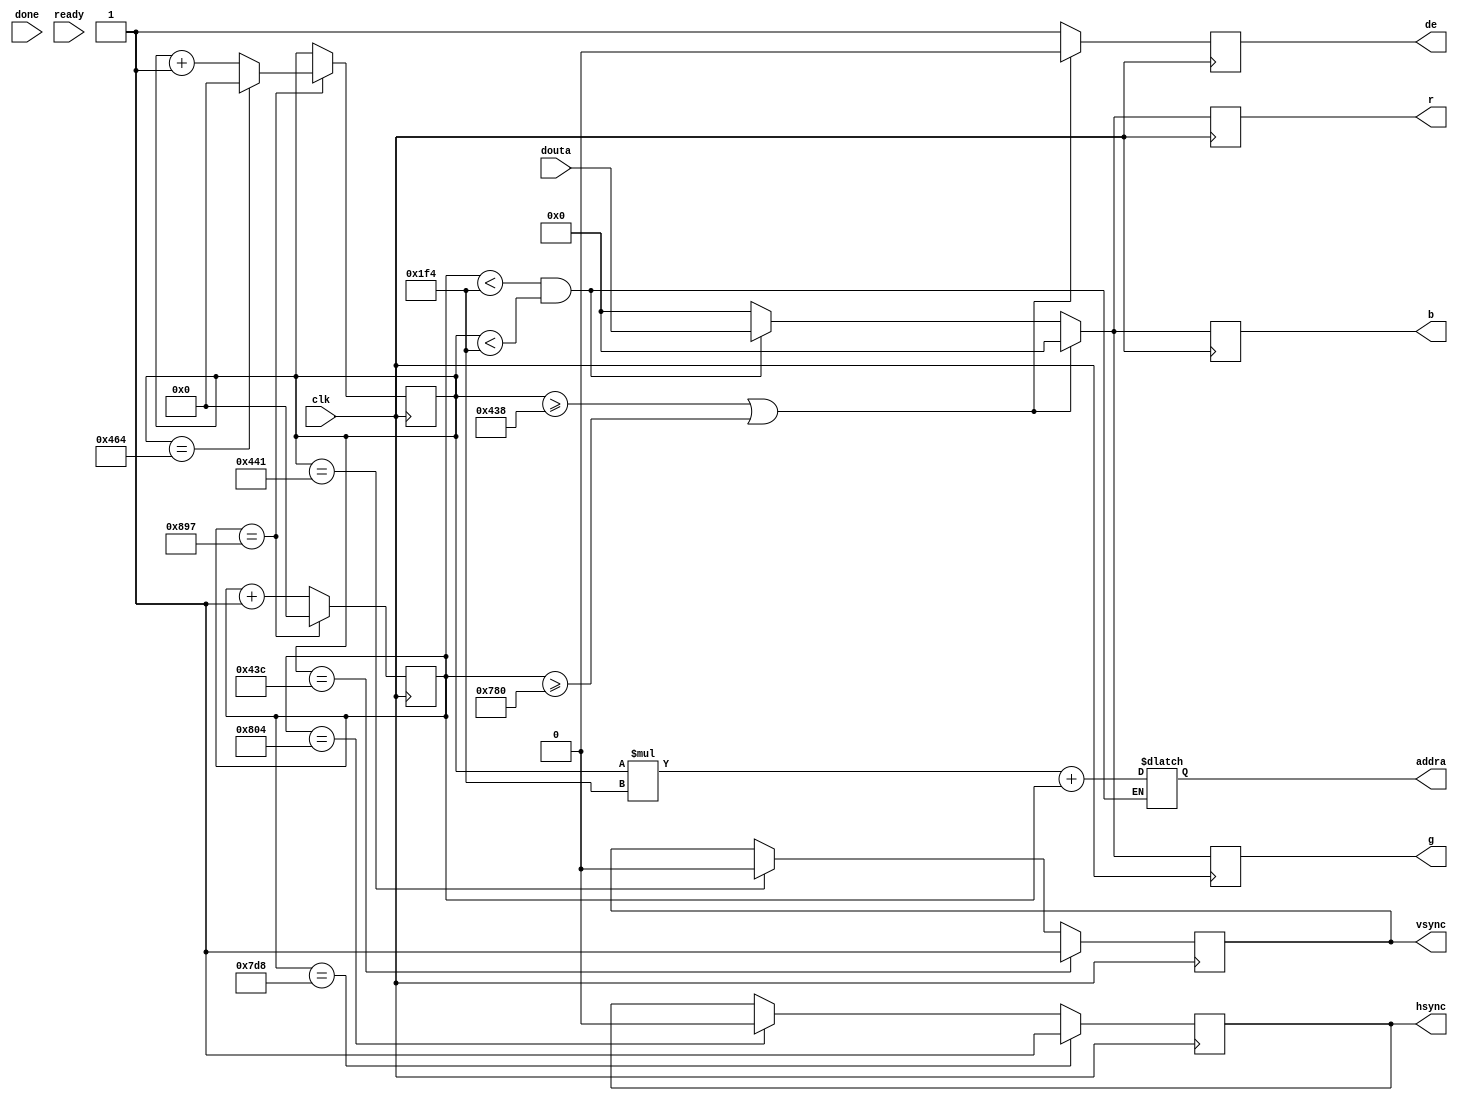
module vga_generator(input clk,                     
                    output reg [18:0] addra,
                    input [7:0] douta,
                    output reg [7:0] r,
                    output reg [7:0] g,
                    output reg [7:0] b,
                    output reg de,
                    output reg vsync = 0,
                    output reg hsync = 0,
                    input done,
                    input ready
                     );
    parameter H = 500   ;
    parameter V= 500;
    reg ena=1'b1;
    reg wea=1'b0;
    reg [7:0] dina=24'b0;
    
    wire  blanking = 0;
    reg [23:0] colour;
    reg [11:0] hcounter = 0;
    reg [11:0] vcounter = 0;
    parameter ZERO = 0;
    wire [11:0] hVisible;
    wire [11:0] hStartSync;
    wire [11:0] hEndSync;
    wire [11:0] hMax;
    wire  hSyncActive = 1;

    wire [11:0] vVisible;
    wire [11:0] vStartSync;
    wire [11:0] vEndSync;
    wire [11:0] vMax;
    wire  vSyncActive = 1;
    
    // Set the video mode to 1280x720x60Hz (75MHz pixel clock needed)
//    assign hVisible = ZERO + 1280;
//    assign hStartSync = ZERO + 1280 + 72;
//    assign hEndSync = ZERO + 1280 + 72 + 80;
//    assign hMax = ZERO + 1280 + 72 + 80 + 216 - 1;
//    assign vVisible = ZERO + 720;
//    assign vStartSync = ZERO + 720 + 3;
//    assign vEndSync = ZERO + 720 + 3 + 5;
//    assign vMax = ZERO + 720 + 3 + 5 + 22 - 1;
    // Set the video mode to 1920x1080x60Hz (150MHz pixel clock needed)
       assign hVisible =  ZERO + 1920;
       assign hStartSync  = ZERO + 1920+88;
       assign hEndSync    = ZERO + 1920+88+44;
       assign hMax        = ZERO + 1920+88+44+148-1;
//       assign vSyncActive = '1';
       assign vVisible    = ZERO + 1080;
       assign vStartSync  = ZERO + 1080+4;
       assign vEndSync    = ZERO + 1080+4+5;
       assign vMax        = ZERO + 1080+4+5+36-1;
//       assign hSyncActive = '1';
    always @(hcounter or vcounter) 
        begin
            if((hcounter<H)&&(vcounter<V))
                begin
                    addra <= vcounter * H + hcounter;
                    colour[23:16] <= douta[7:0];
                    colour[15:8] <= douta[7:0];
                    colour[7:0] <= douta[7:0];
                end
            else
                begin
                    colour[23:0]<=24'b0;
                end
        end
    
    always @(posedge clk) 
        begin
            if(vcounter >= vVisible || hcounter >= hVisible) 
                begin
                  r <= {8'b0};
                  g <= {8'b0};
                  b <= {8'b0};
                  de <= 1'b 0;
                end
            else 
                begin
                  b <= colour[23:16] ;
                  g <= colour[15:8] ;
                  r <= colour[7:0] ;
                  de <= 1'b1;
                end
            // Generate the sync Pulses
            if(vcounter == vStartSync)
                begin
                  vsync <= vSyncActive;
                end
            else 
                if(vcounter == vEndSync) begin
                  vsync <=  ~((vSyncActive));
                end
            if(hcounter == hStartSync) 
                begin
                  hsync <= hSyncActive;
                end
            else if(hcounter == hEndSync)
                begin
                  hsync <=  ~((hSyncActive));
                end
        // Advance the position counters
            if(hcounter == hMax) 
                begin
                    hcounter <= {1'b0};
                    if(vcounter == vMax)
                        begin
                            vcounter <= {1'b0};
                        end
                    else 
                        begin
                            vcounter <= vcounter + 1;
                        end
                end
            else
                begin
                    hcounter <= hcounter + 1;
                end
        end
endmodule